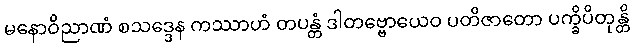
မနောဝိညာဏံ စသဒ္ဒေန ကဿာဟံ တပန္တံ ဒါတဗ္ဗောယေဝ ပတိဇာတော ပက္ခိပိတုန္တိ